Education (Scotland) Act, 1918, 1918
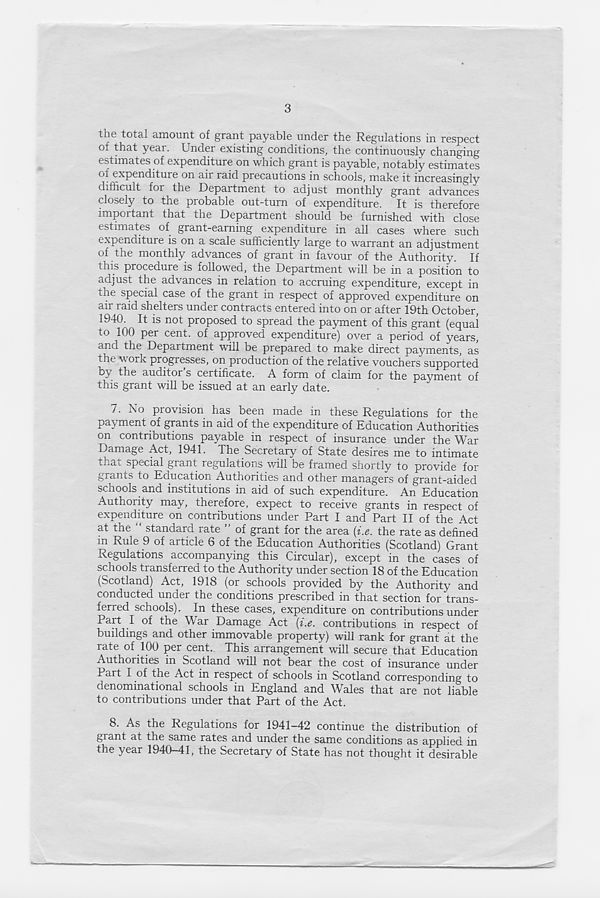
3
the total amount of grant payable under the Regulations in respect
of that year. Under existing conditions, the continuously changing
estimates of expenditure on which grant is payable, notably estimates
of expenditure on air raid precautions in schools, make it increasingly
difficult for the Department to adjust monthly grant advances
closely to the probable out-turn of expenditure. It is therefore
important that the Department should be furnished with close
estimates of grant-earning expenditure in all cases where such
expenditure is on a scale sufficiently large to warrant an adjustment
of the monthly advances of grant in favour of the Authority. If
this procedure is followed, the Department will be in a position to
adjust the advances in relation to accruing expenditure, except in
the special case of the grant in respect of approved expenditure on
air raid shelters under contracts entered into on or after 19th October,
1940. It is not proposed to spread the payment of this grant (equal
to 100 per cent, of approved expenditure) over a period of years,
aiiu the Department will be prepared to make direct payments, as
the w ork progx esses, on pioduction of the relative vouchers supported
b> the auditor s certificate. A form of claim for the payment of
this grant will be issued at an early date.
7. No provision has been made in these Regulations for the
payment of grants in aid of the expenditure of Education Authorities
on contributions payable in respect of insurance under the War
Damage Act, 1941. The Secretary of State desires me to intimate
that special grant regulations will be framed shortly to provide for
grants to Education Authorities and other managers of grant-aided
scnools and institutions in aid of such expenditure. An Education
Authority may, therefore, expect to receive grants in respect of
expenditure on contributions under Part I and Part II of the Act
at the “ standard rate ” of grant for the area (i.e. the rate as defined
m Rule 9 of article 6 of the Education Authorities (Scotland) Grant
Regulations accompanying this Circular), except in the cases of
schools transferred to the Authority under section 18 of the Education
(Scotland) Act, 1918 (or schools provided by the Authority and
conducted under the conditions prescribed in that section for trans-
ferred schools). In these cases, expenditure on contributions under
Pait I of the War Damage Act (i.e. contributions in respect of
buildings and other immovable property) will rank for grant at the
rate of 100 per cent.. This arrangement will secure that Education
Authorities in Scotland will not bear the cost of insurance under
Part I of the Act in respect of schools in Scotland corresponding to
denominational schools in England and Wales that are not liable
to contributions under that Part of the Act.
8. As the Regulations for 1941—42 continue the distribution of
grant at the same rates and under the same conditions as applied in
the year 1940-41, the Secretary of State has not thought it desirable